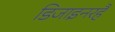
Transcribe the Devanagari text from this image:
डिजाइनरहै